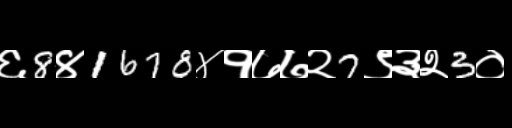
Text: ६8४1678४१७७२7९३२3०